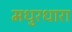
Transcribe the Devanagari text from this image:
मधुरधारा